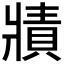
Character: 𤖓